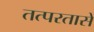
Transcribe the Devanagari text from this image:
तत्परतासे